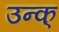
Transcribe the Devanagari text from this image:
उन्क्